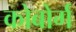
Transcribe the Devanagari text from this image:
कोबोर्ग